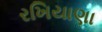
રખિયાણા